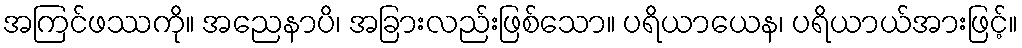
အကြင်ဖဿကို။ အညေနာပိ၊ အခြားလည်းဖြစ်သော။ ပရိယာယေန၊ ပရိယာယ်အားဖြင့်။